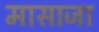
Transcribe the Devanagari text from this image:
मासाजा